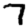
Digit: 7